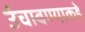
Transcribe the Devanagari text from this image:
उंचावण्याकडे